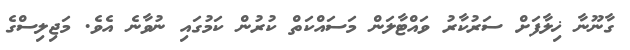
ގާނޫނާ ޚިލާފަށް ސަރުކާރު ވައްޓާލަން މަސައްކަތް ކުރުން ކަމުގައި ނުވާނެ އެވެ. މަޖިލިސްގެ